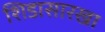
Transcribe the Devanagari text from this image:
शिडासारखा